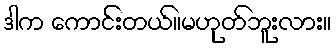
ဒါက ကောင်းတယ်။မဟုတ်ဘူးလား။